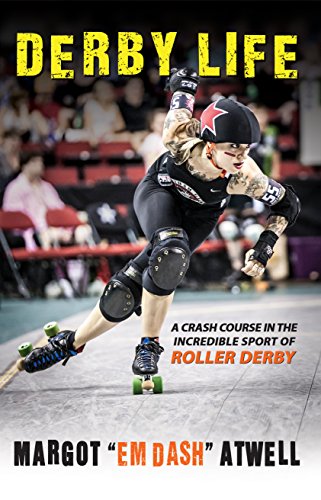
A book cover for Derby Life: A Crash Course in the Incredible Sport of Roller Derby; Margot Atwell; Sports & Outdoors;